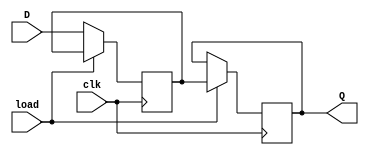
module synchronous_load_d_ff (
    input wire D, // input data
    input wire clk, // clock signal
    input wire load, // load signal
    output reg Q // output data
);

reg Q_temp;

always @(posedge clk) begin
    if (load) begin
        Q <= Q_temp; // load stored value onto output
    end else begin
        Q_temp <= D; // store input value on rising edge of clock
    end
end

endmodule